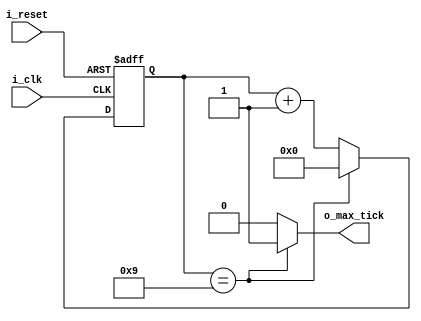
`timescale 1ns / 1ps

module baud_generator #(
    parameter N     =       4       ,   // Cantidad de bits del counter
    parameter M     =       10          // Mod M
)(
    input   wire    i_clk           ,
    input   wire    i_reset         ,
    output  wire    o_max_tick
);

//  Declaracion de se?ales
reg     [N-1:0]     r_reg           ;
wire    [N-1:0]     r_next          ;

//  L?gica del reset
always  @(posedge i_clk,    posedge i_reset)
    if  (i_reset)
        r_reg   <=      0           ;
    else
        r_reg   <=      r_next      ;

//  Logica de proximo estado
assign r_next       =   (r_reg==(M-1)) ? 0 : r_reg + 1  ;

//  Logica de salida
assign o_max_tick   =   (r_reg==(M-1)) ? 1'b1 : 1'b0    ;

endmodule